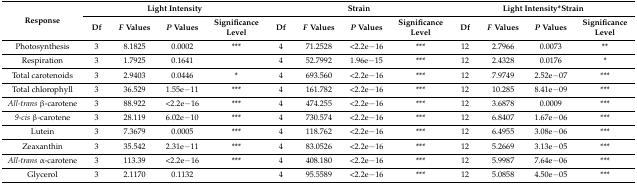
<table><thead><tr><td rowspan="2"><b>Response</b></td><td colspan="4"><b>Light Intensity</b></td><td colspan="4"><b>Strain</b></td><td colspan="4"><b>Light Intensity*Strain</b></td></tr><tr><td><b>Df</b></td><td><b><i>F</i> Values</b></td><td><b><i>P</i> Values</b></td><td><b>Significance Level</b></td><td><b>Df</b></td><td><b><i>F</i> Values</b></td><td><b><i>P</i> Values</b></td><td><b>Significance Level </b></td><td><b>Df</b></td><td><b><i>F</i> Values</b></td><td><b><i>P</i> Values</b></td><td><b>Significance Level</b></td></tr></thead><tbody><tr><td>Photosynthesis</td><td>3</td><td>8.1825</td><td>0.0002</td><td>***</td><td>4</td><td>71.2528</td><td>&lt;2.2e−16</td><td>***</td><td>12</td><td>2.7966</td><td>0.0073</td><td>**</td></tr><tr><td>Respiration</td><td>3</td><td>1.7925</td><td>0.1641</td><td></td><td>4</td><td>52.7992</td><td>1.96e−15</td><td>***</td><td>12</td><td>2.4328</td><td>0.0176</td><td>*</td></tr><tr><td>Total carotenoids</td><td>3</td><td>2.9403</td><td>0.0446</td><td>*</td><td>4</td><td>693.560</td><td>&lt;2.2e−16</td><td>***</td><td>12</td><td>7.9749</td><td>2.52e−07</td><td>***</td></tr><tr><td>Total chlorophyll</td><td>3</td><td>36.529</td><td>1.55e−11</td><td>***</td><td>4</td><td>161.782</td><td>&lt;2.2e−16</td><td>***</td><td>12</td><td>10.285</td><td>8.41e−09</td><td>***</td></tr><tr><td><i>All-trans</i> β-carotene</td><td>3</td><td>88.922</td><td>&lt;2.2e−16</td><td>***</td><td>4</td><td>474.255</td><td>&lt;2.2e−16</td><td>***</td><td>12</td><td>3.6878</td><td>0.0009</td><td>***</td></tr><tr><td><i>9-cis</i> β-carotene</td><td>3</td><td>28.119</td><td>6.02e−10</td><td>***</td><td>4</td><td>730.574</td><td>&lt;2.2e−16</td><td>***</td><td>12</td><td>6.8407</td><td>1.67e−06</td><td>***</td></tr><tr><td>Lutein</td><td>3</td><td>7.3679</td><td>0.0005</td><td>***</td><td>4</td><td>118.762</td><td>&lt;2.2e−16</td><td>***</td><td>12</td><td>6.4955</td><td>3.08e−06</td><td>***</td></tr><tr><td>Zeaxanthin</td><td>3</td><td>35.542</td><td>2.31e−11</td><td>***</td><td>4</td><td>83.0526</td><td>&lt;2.2e−16</td><td>***</td><td>12</td><td>5.2669</td><td>3.13e−05</td><td>***</td></tr><tr><td><i>All-trans</i> α-carotene</td><td>3</td><td>113.39</td><td>&lt;2.2e−16</td><td>***</td><td>4</td><td>408.180</td><td>&lt;2.2e−16</td><td>***</td><td>12</td><td>5.9987</td><td>7.64e−06</td><td>***</td></tr><tr><td>Glycerol</td><td>3</td><td>2.1170</td><td>0.1132</td><td></td><td>4</td><td>95.5589</td><td>&lt;2.2e−16</td><td>***</td><td>12</td><td>5.0858</td><td>4.50e−05</td><td>***</td></tr></tbody></table>